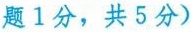
题1分,共 5 分)